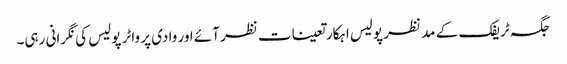
جگہ ٹریفک کے مد نظر پولیس اہکار تعینات نظر آئے اور وادی پر واٹر پولیس کی نگرانی رہی۔